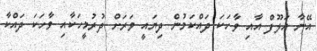
އޭނާ އަލޫފް އާއި ވާހަކަ ދައްކަމުން ދިޔައީ ވަރަށް ދުރުމީހަކާއި ވާހަކަ ދައްކާ